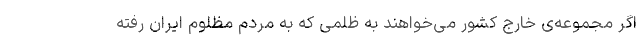
اگر مجموعه‌ی خارج کشور می‌خواهند به ظلمی که به مردم مظلوم ایران رفته